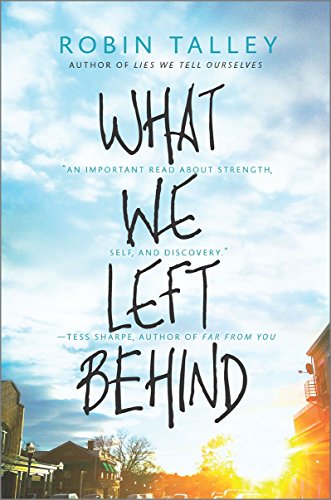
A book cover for What We Left Behind (Harlequin Teen); Robin Talley; Teen & Young Adult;